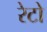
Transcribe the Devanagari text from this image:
रेटो